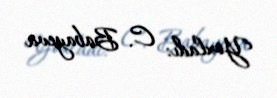
Yoxladı: C. Babayeva